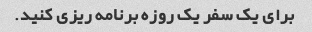
برای یک سفر یک روزه برنامه ریزی کنید.